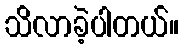
သိလာခဲ့ပါတယ်။